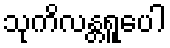
သုကိလန္တရူပေါ